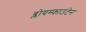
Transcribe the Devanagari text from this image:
ब्लोयम्फ़ाउंटेन